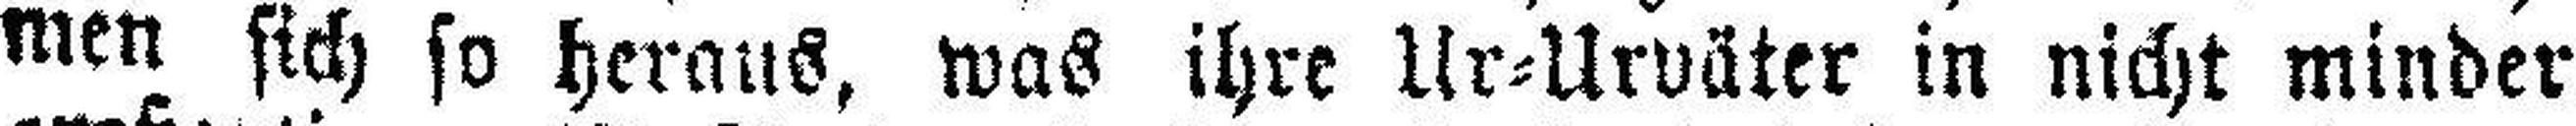
men sich so heraus, was ihre Ur=Urväter in nicht minder